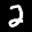
Label: 2